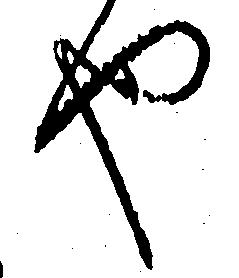
や